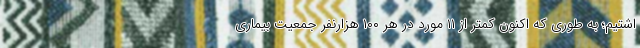
اشتیم؛ به طوری که اکنون کمتر از ۱۱ مورد در هر ۱۰۰ هزارنفر جمعیت بیماری